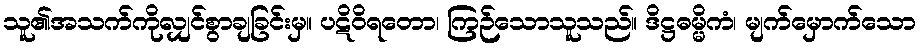
သူ၏အသက်ကိုလျှင်စွာချခြင်းမှ။ ပဋိဝိရတော၊ ကြဉ်သောသူသည်။ ဒိဋ္ဌဓမ္မိကံ၊ မျက်မှောက်သော